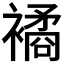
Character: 𧝃